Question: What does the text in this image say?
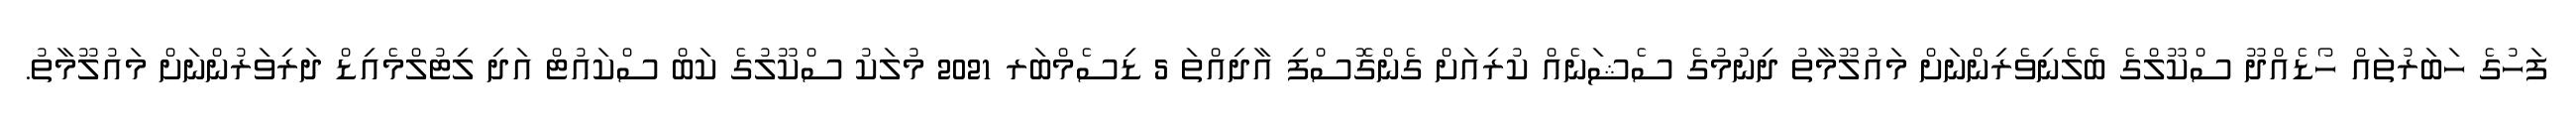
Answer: ފަހުގެ ހަބަރުތައް ހޯޑެއްދޫ ސްކޫލްގެ ބެލެނިވެރިންނަށް މައުލޫމާތު ދިނުމުގެ ސެޝަނެއް ކުރިއަށް ގެންގޮސްފި އާދިއްތަ 5 ޑިސެމްބަރ 2021 މުލަކު ސްކޫލުގެ ކަބް ސްކައުޓް އަދި ލިޓުލްމެއިޑް ދަރިވަރުންނަށް މައުލޫމާތު.